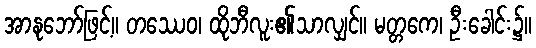
အာနုဘော်ဖြင့်။ တဿေဝ၊ ထိုဘီလူး၏သာလျှင်။ မတ္တကေ၊ ဦးခေါင်း၌။